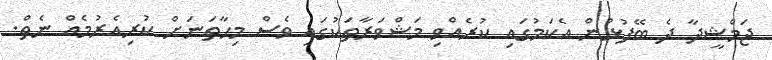
ޖަމްޝީދާ ދެ ބޭފުޅުން އެކަމުގައި ކުރެއްވި މަޝްވަރާތަކުގައި ވެސް މިހާތަނަށް ކުރިއެރުމެއް ނެތް.